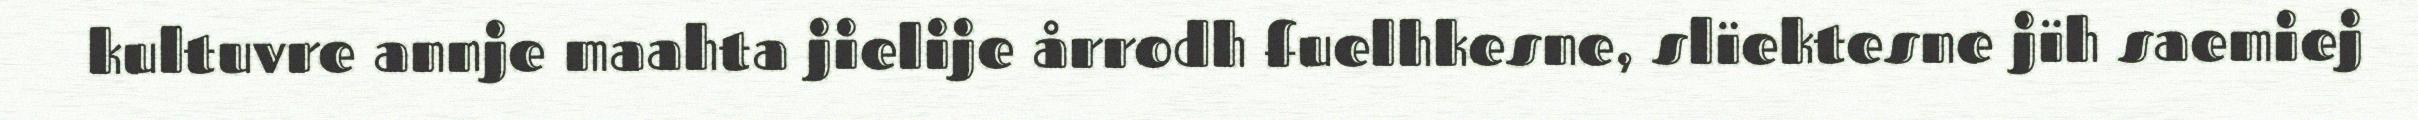
kultuvre annje maahta jielije årrodh fuelhkesne, slïektesne jïh saemiej